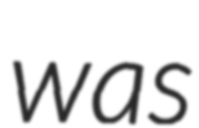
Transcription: was